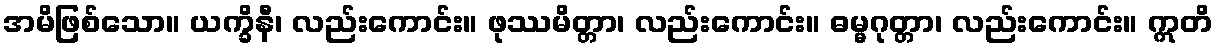
အမိဖြစ်သော။ ယက္ခိနီ၊ လည်းကောင်း။ ဖုဿမိတ္တာ၊ လည်းကောင်း။ ဓမ္မဂုတ္တာ၊ လည်းကောင်း။ ဣတိ